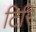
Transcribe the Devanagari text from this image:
टिरि